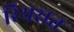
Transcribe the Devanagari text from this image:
रियसत